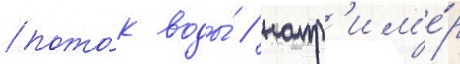
пото́к воды́ / напр'им'е́р